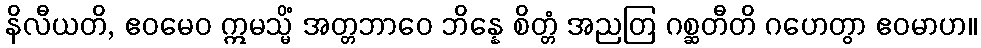
နိလီယတိ, ဧဝမေဝ ဣမသ္မိံ အတ္တဘာဝေ ဘိန္နေ စိတ္တံ အညတြ ဂစ္ဆတီတိ ဂဟေတွာ ဧဝမာဟ။